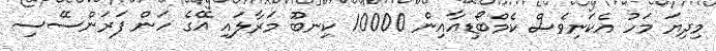
މިދިޔަ މަހު އެކަނިވެސް ކެމްބޯޑިއާއިން 10000 ކިނބޫ މަރާލައި އޭގެ ހަން ފަރަންސޭސި